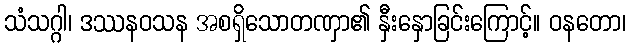
သံသဂ္ဂါ၊ ဒဿနဝသန အစရှိသောတဏှာ၏ နှီးနှောခြင်းကြောင့်။ ဝနတော၊